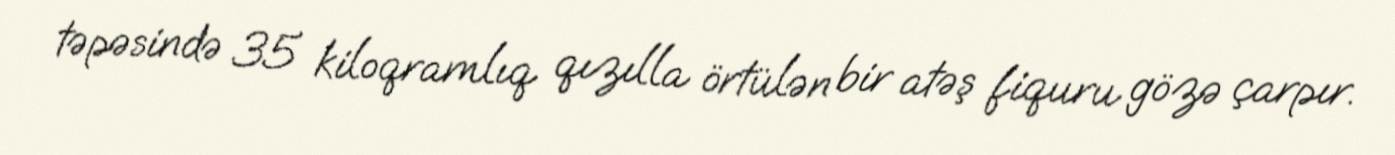
təpəsində 35 kiloqramlıq qızılla örtülən bir atəş fiquru gözə çarpır.